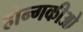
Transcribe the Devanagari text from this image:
होन्गकीओ